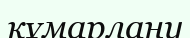
құмарлану